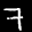
Label: 7